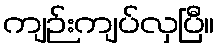
ကျဉ်းကျပ်လှပြီ။